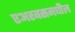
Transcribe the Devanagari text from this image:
एअरबसमधील